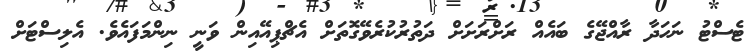
ޓެސްޓު ނަހަދާ ރާއްޖޭގެ ބައެއް ރަށްރަށަށް ދަތުރުކުރެވޭގޮތަށް އެޗްޕިއޭއިން ވަނީ ނިންމަފައެވެ. އެލިސްޓަށް